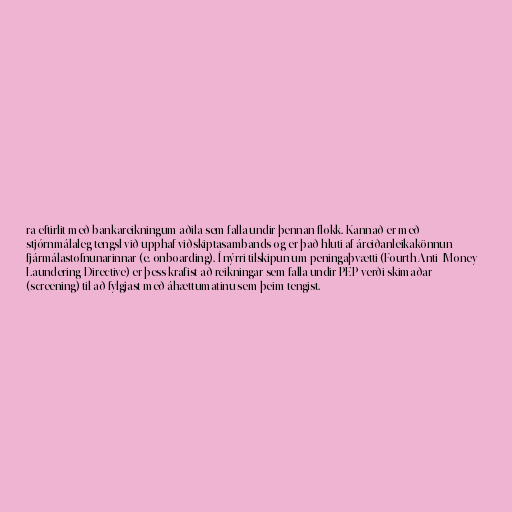
ra eftirlit með bankareikningum aðila sem falla undir þennan flokk. Kannað er með
stjórnmálaleg tengsl við upphaf viðskiptasambands og er það hluti af áreiðanleikakönnun
fjármálastofnunarinnar (e. onboarding). Í nýrri tilskipun um peningaþvætti (Fourth Anti- Money
Laundering Directive) er þess krafist að reikningar sem falla undir PEP verði skimaðar
(screening) til að fylgjast með áhættumatinu sem þeim tengist.